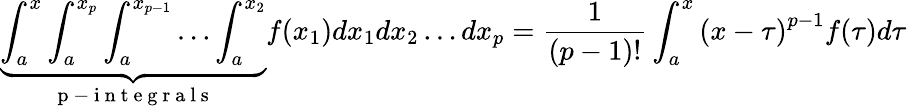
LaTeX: \underbrace{\int_{a}^{x}\int_{a}^{x_{p}}\int_{a}^{x_{p-1}}\dots\int_{a}^{x_{2}}}_{\mathrm{~p~-~i~n~t~e~g~r~a~l~s~}}f(x_{1})dx_{1}dx_{2}\dots dx_{p}={\frac{1}{(p-1)!}}\int_{a}^{x}{(x-\tau)}^{p-1}f(\tau)d\tau